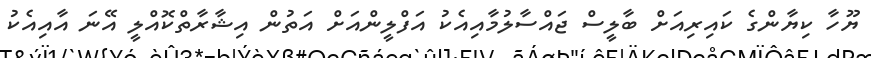
ޔޫހާ ކިޔާންގެ ކައިރިއަށް ބާލީސް ޖައްސާލުމާއިއެކު އަފްލީންއަށް އަތުން އިޝާރާތްކޮއްލީ އޭނަ އާއިއެކު